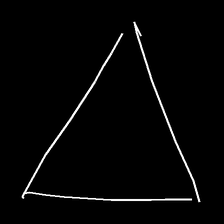
Glyph: convergence